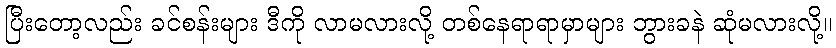
ပြီးတော့လည်း ခင်စန်းများ ဒီကို လာမလားလို့ တစ်နေရာရာမှာများ ဘွားခနဲ ဆုံမလားလို့။